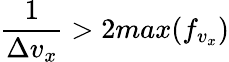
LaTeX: \frac{1}{\Delta v_{x}}>2max(f_{v_{x}})